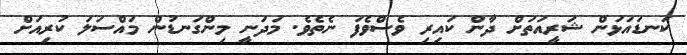
ކަނޑައަޅަން ޝަރީއަތަށް ދާން ކައިރި ވެސްވެފަ ނެތެވެ. މަދަނީ މިންގަނޑުން މައްސަލަ ކުރިއަށް